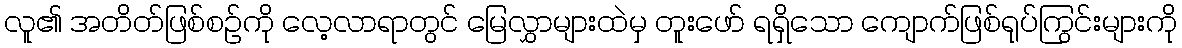
လူ၏ အတိတ်ဖြစ်စဉ်ကို လေ့လာရာတွင် မြေလွှာများထဲမှ တူးဖော် ရရှိသော ကျောက်ဖြစ်ရုပ်ကြွင်းများကို